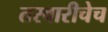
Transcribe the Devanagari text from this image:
तरवारीचेच